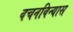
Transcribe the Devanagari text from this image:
वचनविन्यास